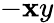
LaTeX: -{\mathbf{x}y}